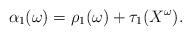
LaTeX: \begin{align*}\alpha_1(\omega)=\rho_1(\omega)+\tau_1(X^\omega). \end{align*}